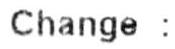
CHANGE :